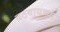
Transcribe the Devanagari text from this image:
वठवायच्या